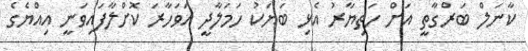
ކާނަލް ބަރްގާތީ އަށް ހަތިޔާރު އެޅި ބަޔަކު ހަމަލާދީ އަވަހާރަ ކޮށްލާފައިވަނީ އިއްޔެގެ